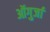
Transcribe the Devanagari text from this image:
ऑगुर्जा